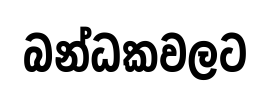
බන්ධකවලට